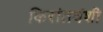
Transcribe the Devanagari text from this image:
किरांतवंशी